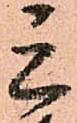
三